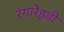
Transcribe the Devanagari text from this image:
रंगारेड्‍डी